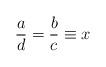
LaTeX: \begin{align*}\frac a d=\frac bc\equiv x\end{align*}